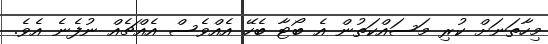
މިހާތަނަށް ކުރި މަސައްކަތުން އެ ބޯޓާ ބެހޭ އެއްވެސް އެއްޗެއް ނުފެނެ އެވެ.